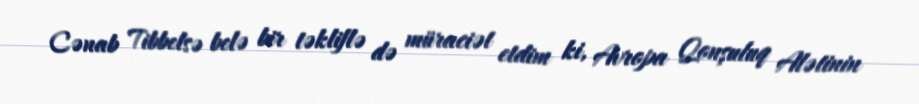
Cənab Tibbelsə belə bir təkliflə də müraciət etdim ki, Avropa Qonşuluq Alətinin